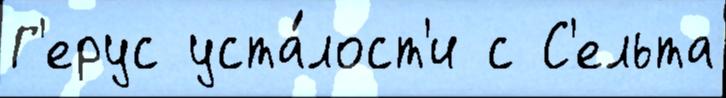
Г'ерус уста́лост'и с С'ельта